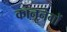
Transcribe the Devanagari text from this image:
कानूनगों